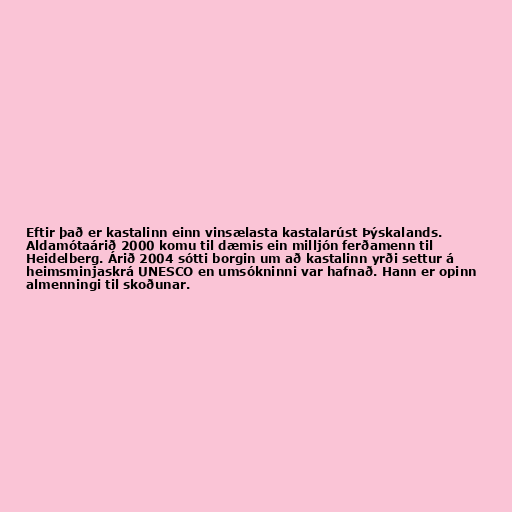
Eftir það er kastalinn einn vinsælasta kastalarúst Þýskalands.
Aldamótaárið 2000 komu til dæmis ein milljón ferðamenn til
Heidelberg. Árið 2004 sótti borgin um að kastalinn yrði settur á
heimsminjaskrá UNESCO en umsókninni var hafnað. Hann er opinn
almenningi til skoðunar.